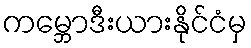
ကမ္ဘောဒီးယားနိုင်ငံမှ